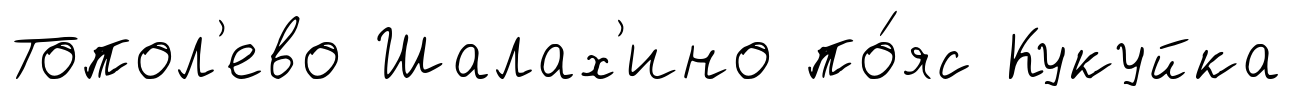
Топол'ево Шалах'ино по́яс Кукуйка